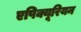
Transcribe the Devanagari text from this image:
एपिक्यूरियन